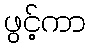
ဖွင့်ကာ